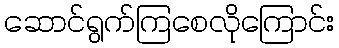
ဆောင်ရွက်ကြစေလိုကြောင်း